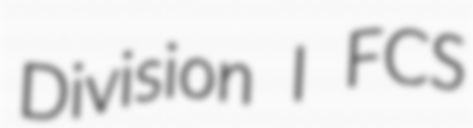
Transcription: Division I FCS